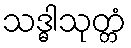
သဒ္ဓါသုတ္တံ